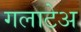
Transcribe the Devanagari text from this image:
गलाटेअ